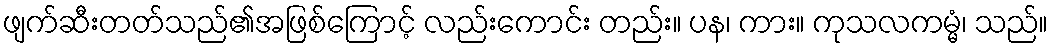
ဖျက်ဆီးတတ်သည်၏အဖြစ်ကြောင့် လည်းကောင်း တည်း။ ပန၊ ကား။ ကုသလကမ္မံ၊ သည်။